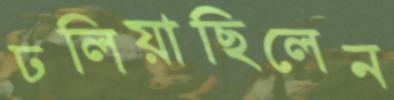
ঢলিয়াছিলেন